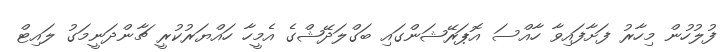
ފުލުހުން މިހާރު ފަށާފައިވާ ހާއްސަ އޮޕަރޭޝަންގައި ބަގްލަދޭޝްގެ އެމީހާ ހައްޔަރުކުރީ ޗާންދަނީމަގު ލައިޓް